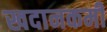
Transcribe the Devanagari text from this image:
खदानकर्मी